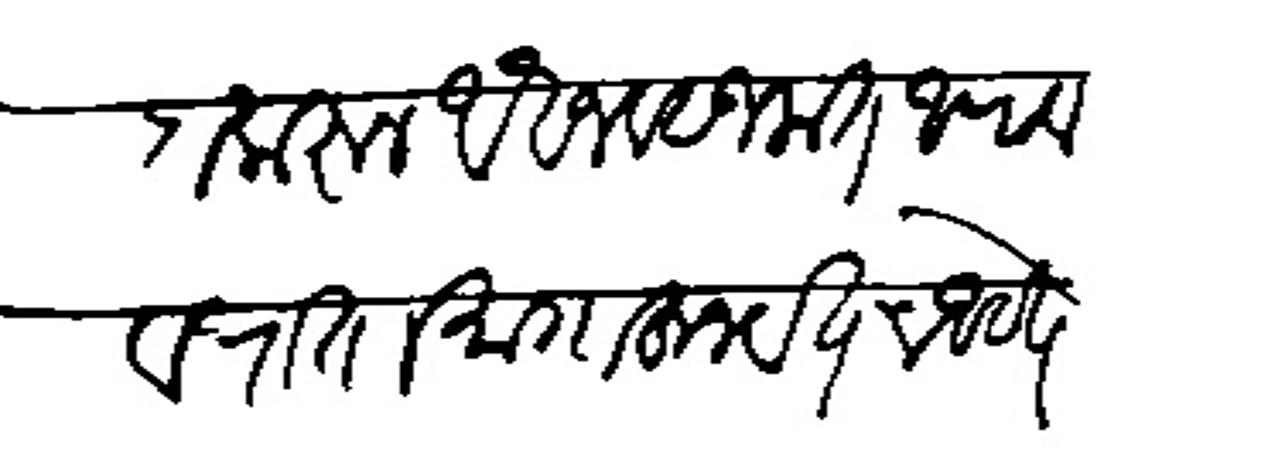
Transliteration (Devanagari): तगादा करून ऐवज बसुलात आणावा वराता मागाहून येतच आहेत